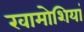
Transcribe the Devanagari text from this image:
खामोशियां